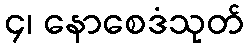
၄၊ နောစေဒံသုတ်